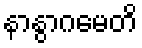
နာနွာဂမေတိ